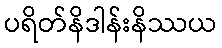
ပရိတ်နိဒါန်းနိဿယ